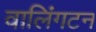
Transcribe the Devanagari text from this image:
वालिंगटन